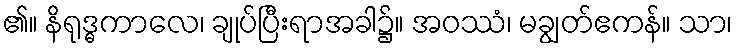
၏။ နိရုဒ္ဓကာလေ၊ ချုပ်ပြီးရာအခါ၌။ အဝဿံ၊ မချွတ်ဧကန်။ သာ၊